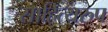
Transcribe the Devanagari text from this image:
साहित्यरुप